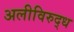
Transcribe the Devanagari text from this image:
अलीविरुद्ध